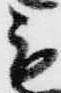
も